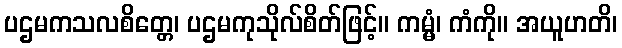
ပဌမကသလစိတ္တေ၊ ပဌမကုသိုလ်စိတ်ဖြင့်။ ကမ္မံ၊ ကံကို။ အယူဟတိ၊